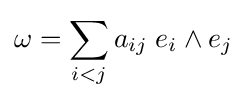
\omega =\sum _{i<j}a_{ij}\;e_{i}\wedge e_{j}